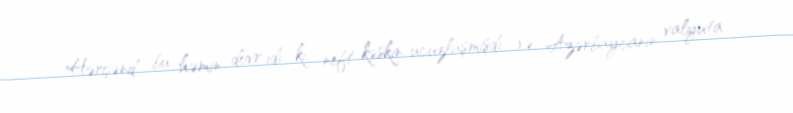
Hərçənd bu həmin dövr idi ki, neft kəskin ucuzlaşmışdı və Azərbaycanın valyuta